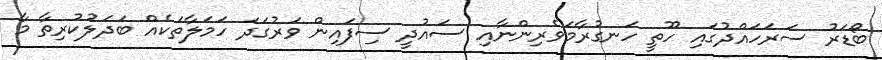
ބޯޑަރު ސަރަހައްދުގައި ހޫތީ ހަނގުރާމަވެރިންނާއި ސައުދީ ސިފައިން ވަރުގަދަ ހަމަލާތަކެއް ބަދަލުކުރިތާ މާ